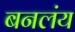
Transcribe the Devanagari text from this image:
बनलंय